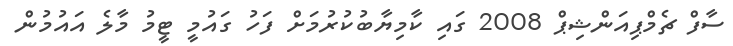
ސާފް ޗެމްޕިއަންޝިޕް 2008 ގައި ކާމިޔާބުކުރުމަށް ފަހު ގައުމީ ޓީމު މާލެ އައުމުން